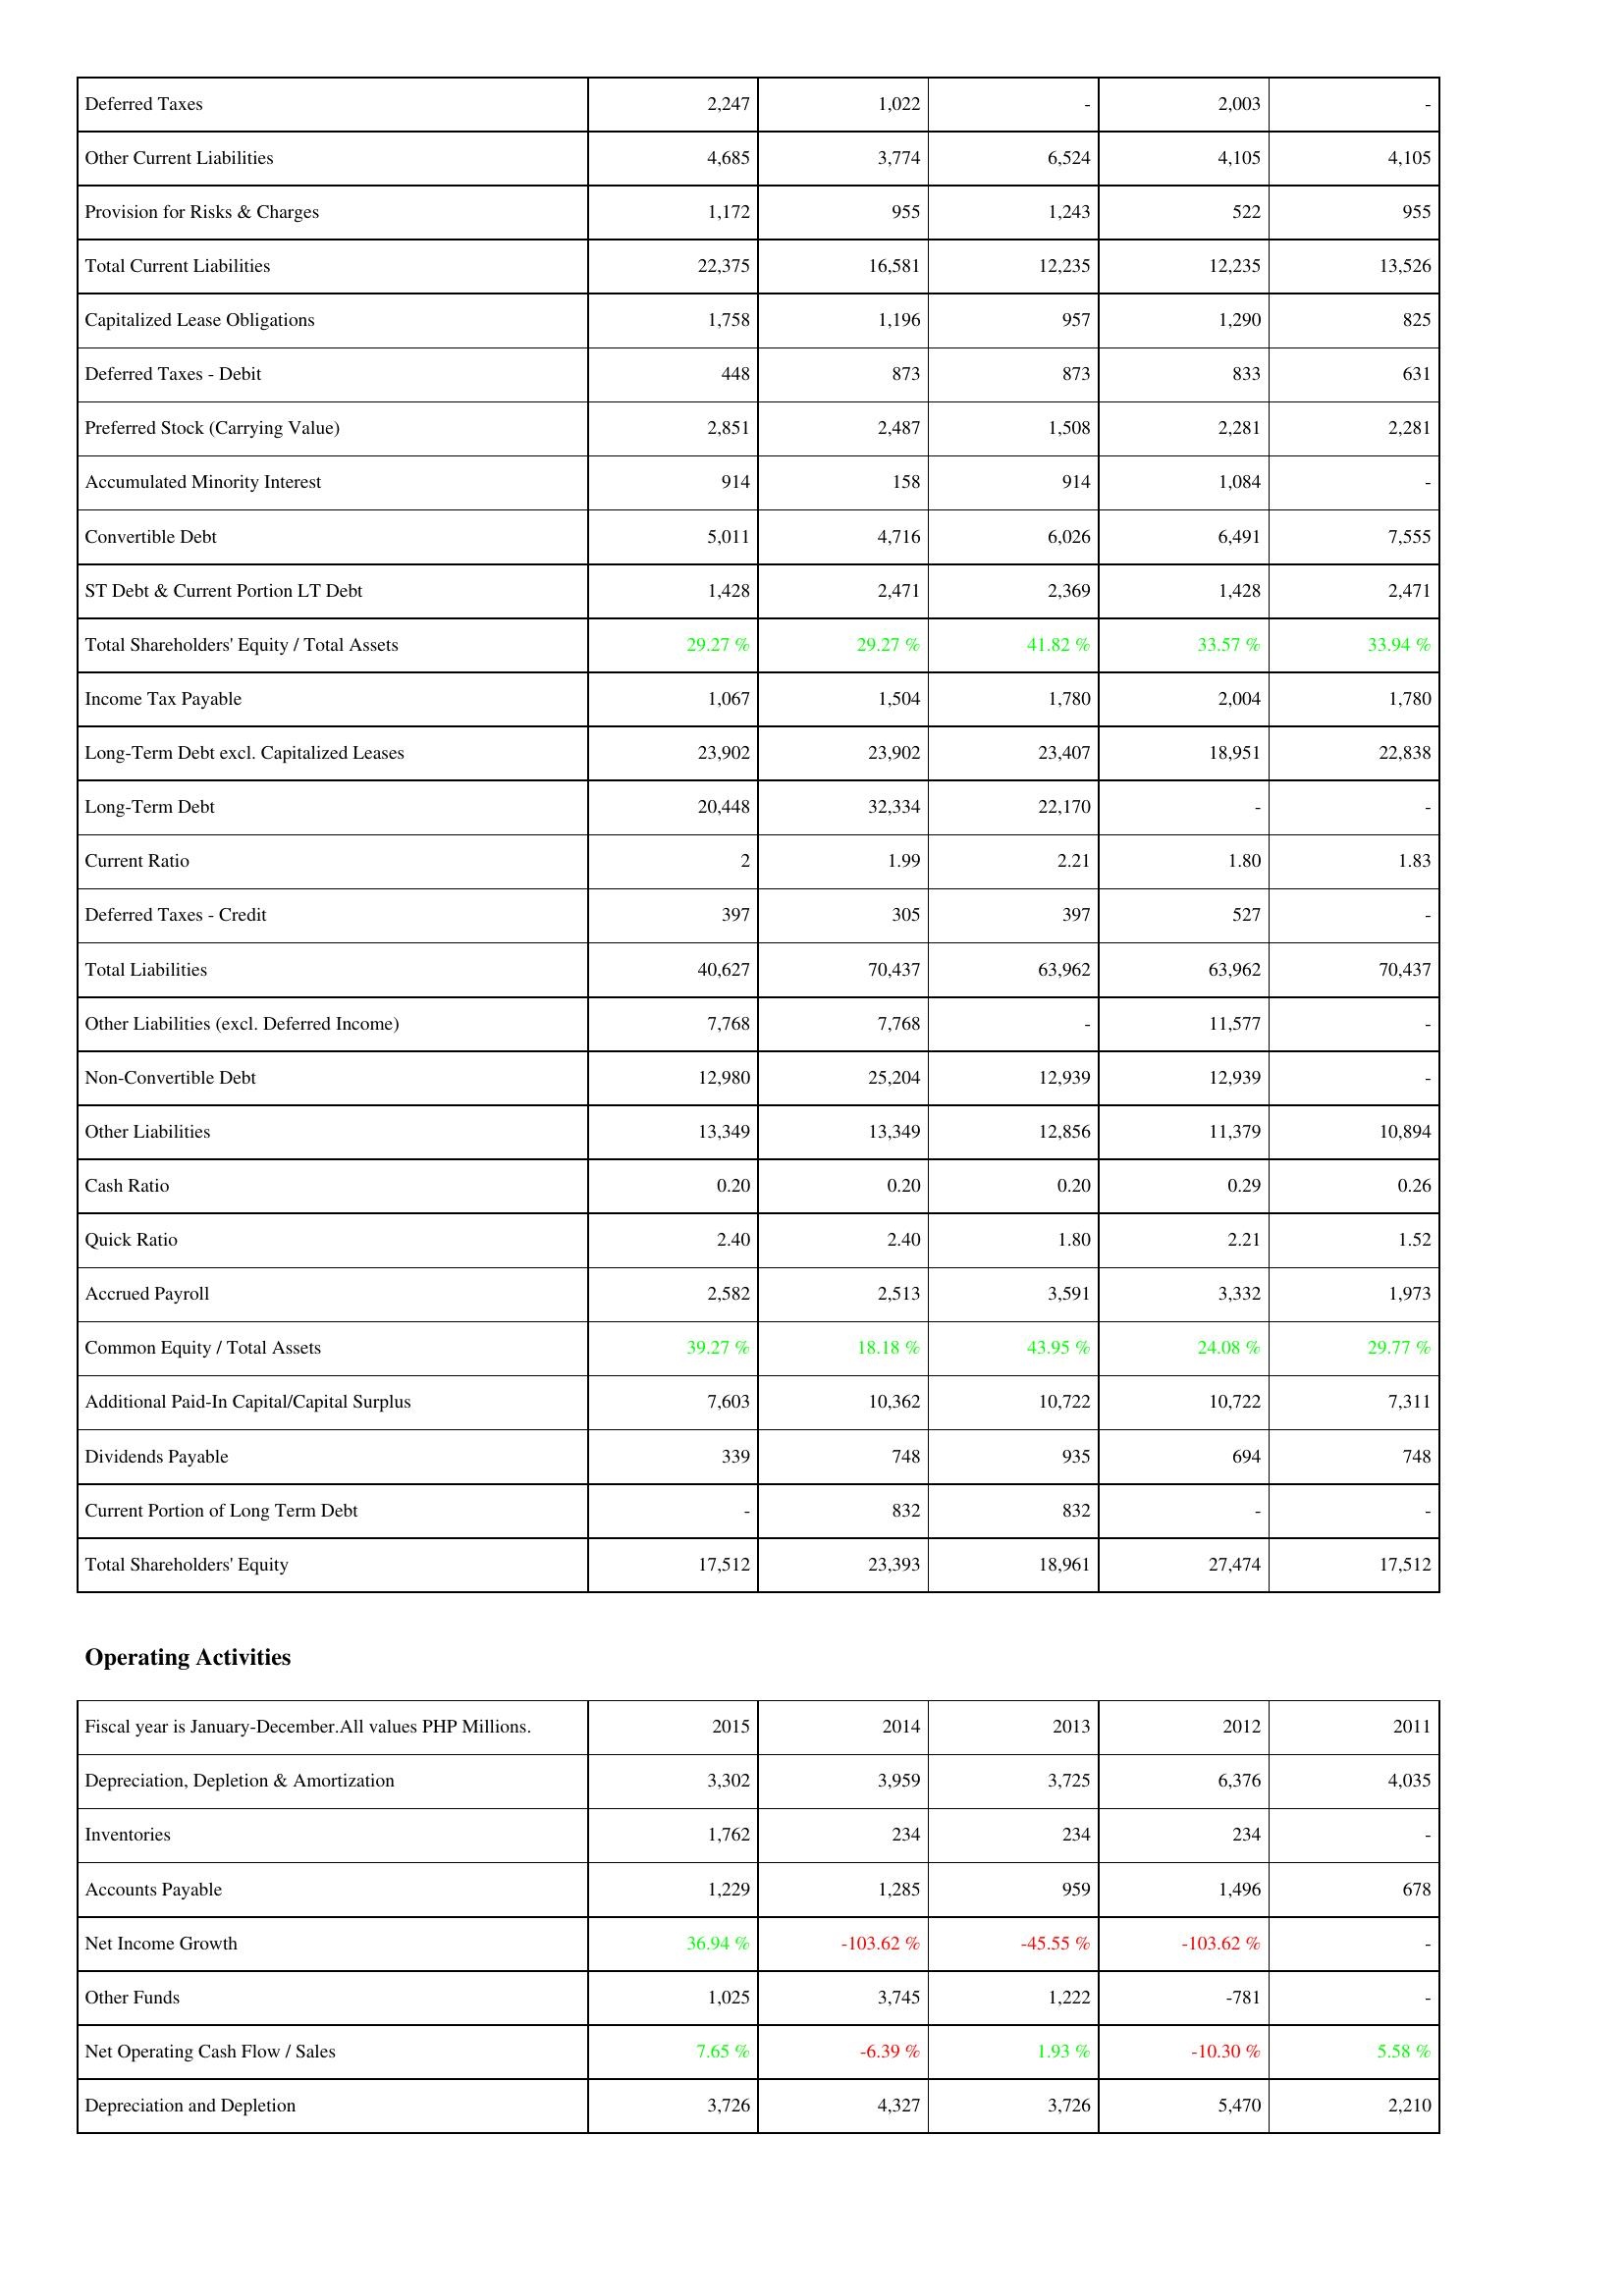
2015: Liabilities & Shareholders' Equity: Deferred Taxes: 2,247
Other Current Liabilities: 4,685
Provision for Risks & Charges: 1,172
Total Current Liabilities: 22,375
Capitalized Lease Obligations: 1,758
Deferred Taxes - Debit: 448
Preferred Stock (Carrying Value): 2,851
Accumulated Minority Interest: 914
Convertible Debt: 5,011
ST Debt & Current Portion LT Debt: 1,428
Total Shareholders' Equity / Total Assets: 29.27 %
Income Tax Payable: 1,067
Long-Term Debt excl. Capitalized Leases: 23,902
Long-Term Debt: 20,448
Current Ratio: 2
Deferred Taxes - Credit: 397
Total Liabilities: 40,627
Other Liabilities (excl. Deferred Income): 7,768
Non-Convertible Debt: 12,980
Other Liabilities: 13,349
Cash Ratio: 0.20
Quick Ratio: 2.40
Accrued Payroll: 2,582
Common Equity / Total Assets: 39.27 %
Additional Paid-In Capital/Capital Surplus: 7,603
Dividends Payable: 339
Current Portion of Long Term Debt: -
Total Shareholders' Equity: 17,512
Operating Activities: Depreciation, Depletion & Amortization: 3,302
Inventories: 1,762
Accounts Payable: 1,229
Net Income Growth: 36.94 %
Other Funds: 1,025
Net Operating Cash Flow / Sales: 7.65 %
Depreciation and Depletion: 3,726
2014: Liabilities & Shareholders' Equity: Deferred Taxes: 1,022
Other Current Liabilities: 3,774
Provision for Risks & Charges: 955
Total Current Liabilities: 16,581
Capitalized Lease Obligations: 1,196
Deferred Taxes - Debit: 873
Preferred Stock (Carrying Value): 2,487
Accumulated Minority Interest: 158
Convertible Debt: 4,716
ST Debt & Current Portion LT Debt: 2,471
Total Shareholders' Equity / Total Assets: 29.27 %
Income Tax Payable: 1,504
Long-Term Debt excl. Capitalized Leases: 23,902
Long-Term Debt: 32,334
Current Ratio: 1.99
Deferred Taxes - Credit: 305
Total Liabilities: 70,437
Other Liabilities (excl. Deferred Income): 7,768
Non-Convertible Debt: 25,204
Other Liabilities: 13,349
Cash Ratio: 0.20
Quick Ratio: 2.40
Accrued Payroll: 2,513
Common Equity / Total Assets: 18.18 %
Additional Paid-In Capital/Capital Surplus: 10,362
Dividends Payable: 748
Current Portion of Long Term Debt: 832
Total Shareholders' Equity: 23,393
Operating Activities: Depreciation, Depletion & Amortization: 3,959
Inventories: 234
Accounts Payable: 1,285
Net Income Growth: -103.62 %
Other Funds: 3,745
Net Operating Cash Flow / Sales: -6.39 %
Depreciation and Depletion: 4,327
2013: Liabilities & Shareholders' Equity: Deferred Taxes: -
Other Current Liabilities: 6,524
Provision for Risks & Charges: 1,243
Total Current Liabilities: 12,235
Capitalized Lease Obligations: 957
Deferred Taxes - Debit: 873
Preferred Stock (Carrying Value): 1,508
Accumulated Minority Interest: 914
Convertible Debt: 6,026
ST Debt & Current Portion LT Debt: 2,369
Total Shareholders' Equity / Total Assets: 41.82 %
Income Tax Payable: 1,780
Long-Term Debt excl. Capitalized Leases: 23,407
Long-Term Debt: 22,170
Current Ratio: 2.21
Deferred Taxes - Credit: 397
Total Liabilities: 63,962
Other Liabilities (excl. Deferred Income): -
Non-Convertible Debt: 12,939
Other Liabilities: 12,856
Cash Ratio: 0.20
Quick Ratio: 1.80
Accrued Payroll: 3,591
Common Equity / Total Assets: 43.95 %
Additional Paid-In Capital/Capital Surplus: 10,722
Dividends Payable: 935
Current Portion of Long Term Debt: 832
Total Shareholders' Equity: 18,961
Operating Activities: Depreciation, Depletion & Amortization: 3,725
Inventories: 234
Accounts Payable: 959
Net Income Growth: -45.55 %
Other Funds: 1,222
Net Operating Cash Flow / Sales: 1.93 %
Depreciation and Depletion: 3,726
2012: Liabilities & Shareholders' Equity: Deferred Taxes: 2,003
Other Current Liabilities: 4,105
Provision for Risks & Charges: 522
Total Current Liabilities: 12,235
Capitalized Lease Obligations: 1,290
Deferred Taxes - Debit: 833
Preferred Stock (Carrying Value): 2,281
Accumulated Minority Interest: 1,084
Convertible Debt: 6,491
ST Debt & Current Portion LT Debt: 1,428
Total Shareholders' Equity / Total Assets: 33.57 %
Income Tax Payable: 2,004
Long-Term Debt excl. Capitalized Leases: 18,951
Long-Term Debt: -
Current Ratio: 1.80
Deferred Taxes - Credit: 527
Total Liabilities: 63,962
Other Liabilities (excl. Deferred Income): 11,577
Non-Convertible Debt: 12,939
Other Liabilities: 11,379
Cash Ratio: 0.29
Quick Ratio: 2.21
Accrued Payroll: 3,332
Common Equity / Total Assets: 24.08 %
Additional Paid-In Capital/Capital Surplus: 10,722
Dividends Payable: 694
Current Portion of Long Term Debt: -
Total Shareholders' Equity: 27,474
Operating Activities: Depreciation, Depletion & Amortization: 6,376
Inventories: 234
Accounts Payable: 1,496
Net Income Growth: -103.62 %
Other Funds: -781
Net Operating Cash Flow / Sales: -10.30 %
Depreciation and Depletion: 5,470
2011: Liabilities & Shareholders' Equity: Deferred Taxes: -
Other Current Liabilities: 4,105
Provision for Risks & Charges: 955
Total Current Liabilities: 13,526
Capitalized Lease Obligations: 825
Deferred Taxes - Debit: 631
Preferred Stock (Carrying Value): 2,281
Accumulated Minority Interest: -
Convertible Debt: 7,555
ST Debt & Current Portion LT Debt: 2,471
Total Shareholders' Equity / Total Assets: 33.94 %
Income Tax Payable: 1,780
Long-Term Debt excl. Capitalized Leases: 22,838
Long-Term Debt: -
Current Ratio: 1.83
Deferred Taxes - Credit: -
Total Liabilities: 70,437
Other Liabilities (excl. Deferred Income): -
Non-Convertible Debt: -
Other Liabilities: 10,894
Cash Ratio: 0.26
Quick Ratio: 1.52
Accrued Payroll: 1,973
Common Equity / Total Assets: 29.77 %
Additional Paid-In Capital/Capital Surplus: 7,311
Dividends Payable: 748
Current Portion of Long Term Debt: -
Total Shareholders' Equity: 17,512
Operating Activities: Depreciation, Depletion & Amortization: 4,035
Inventories: -
Accounts Payable: 678
Net Income Growth: -
Other Funds: -
Net Operating Cash Flow / Sales: 5.58 %
Depreciation and Depletion: 2,210